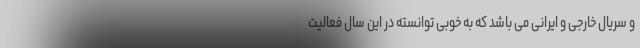
و سریال خارجی و ایرانی می باشد که به خوبی توانسته در این سال فعالیت